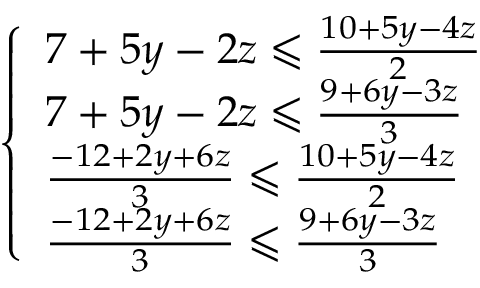
{ \left\{ \begin{array} { l l } { 7 + 5 y - 2 z \leqslant { \frac { 1 0 + 5 y - 4 z } { 2 } } } \\ { 7 + 5 y - 2 z \leqslant { \frac { 9 + 6 y - 3 z } { 3 } } } \\ { { \frac { - 1 2 + 2 y + 6 z } { 3 } } \leqslant { \frac { 1 0 + 5 y - 4 z } { 2 } } } \\ { { \frac { - 1 2 + 2 y + 6 z } { 3 } } \leqslant { \frac { 9 + 6 y - 3 z } { 3 } } } \end{array} \right. }